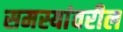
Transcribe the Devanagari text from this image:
समस्यांवरील